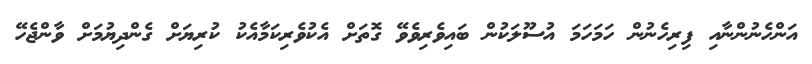
އަންހެނުންނާއި ފިރިހެނުން ހަމަހަމަ އުސޫލަކުން ބައިވެރިވެވޭ ގޮތަށް އެކުވެރިކަމާއެކު ކުރިޔަށް ގެންދިޔުމަށް ވާންޖެހޭ